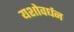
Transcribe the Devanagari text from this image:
यशोवर्धन